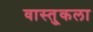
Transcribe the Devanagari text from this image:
वास्तु्कला